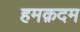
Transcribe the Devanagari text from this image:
हमक़दम